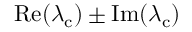
\operatorname { R e } ( \lambda _ { \mathrm { c } } ) \pm \operatorname { I m } ( \lambda _ { \mathrm { c } } )